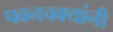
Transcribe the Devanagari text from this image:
पवनचक्यांनी